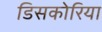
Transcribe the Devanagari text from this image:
डिसकोरिया